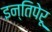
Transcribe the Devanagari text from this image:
इन्तिपेरू